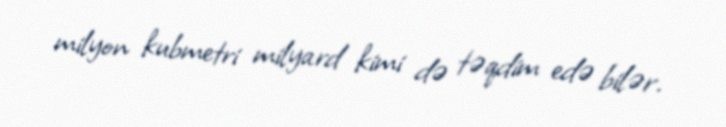
milyon kubmetri milyard kimi də təqdim edə bilər.